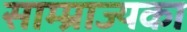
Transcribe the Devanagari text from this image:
साम्म्राज्यका